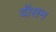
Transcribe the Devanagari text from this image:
वॉसन